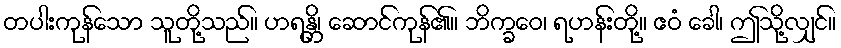
တပါးကုန်သော သူတို့သည်။ ဟရန္တိ၊ ဆောင်ကုန်၏။ ဘိက္ခဝေ၊ ရဟန်းတို့။ ဧဝံ ခေါ၊ ဤသို့လျှင်။